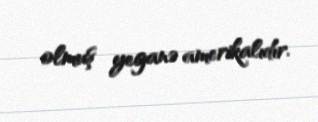
olmuş yeganə amerikalıdır.